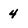
Character: 4